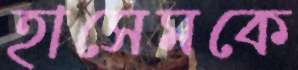
হাসেমকে